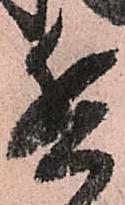
兵